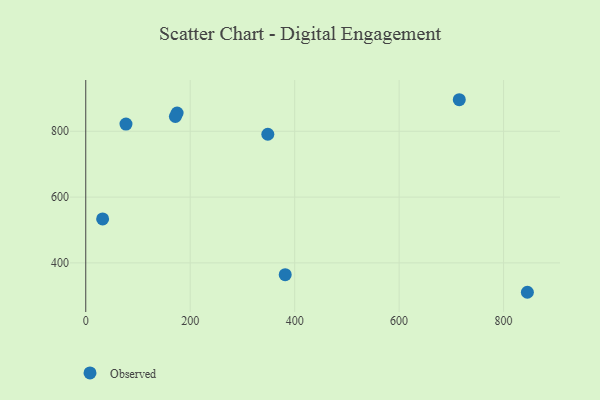
{"axis": {"x": "Price", "y": "Yield"}, "legend": ["Observed"], "data": [{"x": "715.2", "y": 895.9, "type": "Observed"}, {"x": "174.9", "y": 855.4, "type": "Observed"}, {"x": "77.0", "y": 821.9, "type": "Observed"}, {"x": "348.6", "y": 790.9, "type": "Observed"}, {"x": "845.6", "y": 310.7, "type": "Observed"}, {"x": "171.6", "y": 844.9, "type": "Observed"}, {"x": "381.9", "y": 364.1, "type": "Observed"}, {"x": "32.3", "y": 533.5, "type": "Observed"}]}